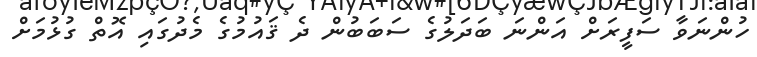
ހުންނަވާ ސަފީރަށް އަންނަ ބަދަލުގެ ސަބަބުން ދެ ޤައުމުގެ މެދުގައި އޮތް ގުޅުމަށް